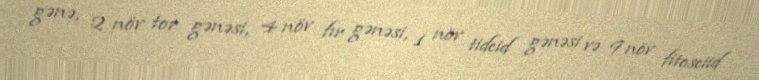
gənə, 2 növ tor gənəsi, 4 növ fır gənəsi, 1 növ tideid gənəsi və 9 növ fitoseiid